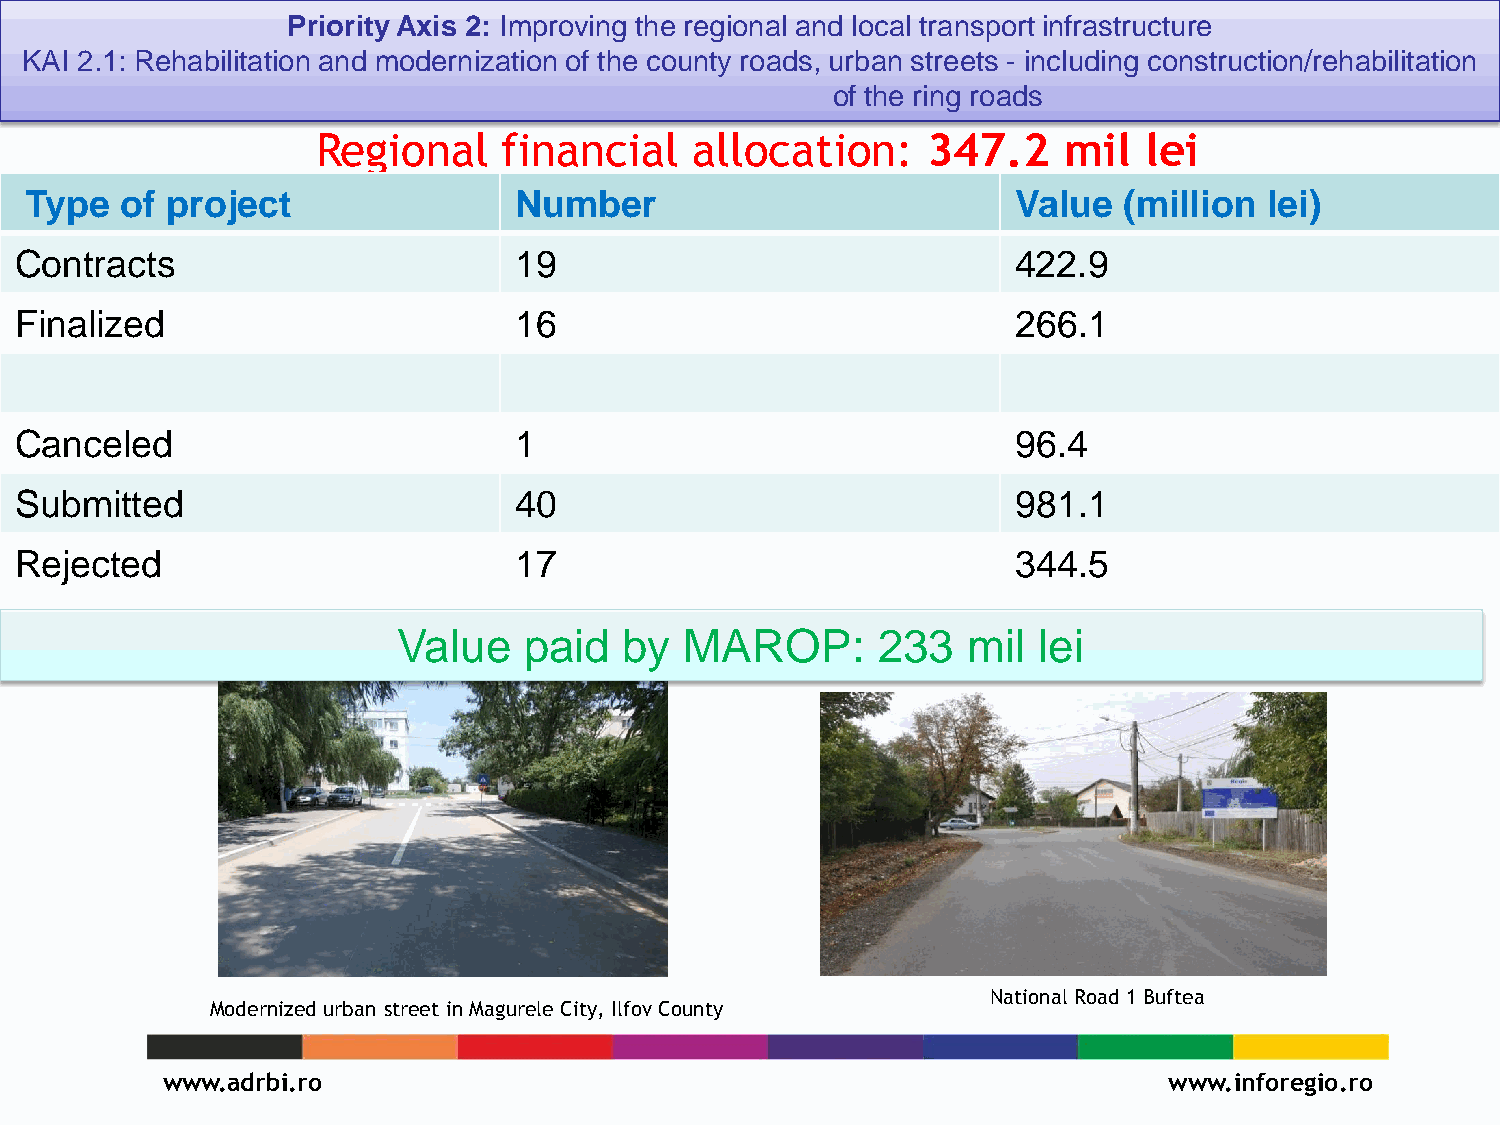
Priority Axis 2: Improving the regional and local transport infrastructure
 KAI 2.1: Rehabilitation and modernization of the county roads, urban streets - including construction/rehabilitation
 of the ring roads
 Regional    financial    allocation:    347.2     mil  lei
 Type  of project                Number                           Value  (million  lei)
 Contracts                        19                               422.9
 Finalized                        16                               266.1
 Canceled                         1                                96.4
 Submitted                        40                               981.1
 Rejected                         17                               344.5
 Value    paid  by  MAROP:       233   mil  lei
 National Road 1 Buftea
 Modernized urban street in Magurele City, Ilfov County
 www.adrbi.ro                                                      www.inforegio.ro